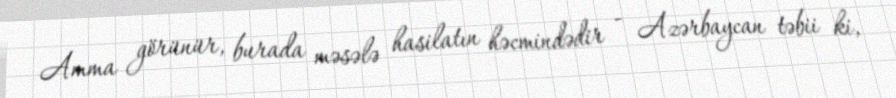
Amma görünür, burada məsələ hasilatın həcmindədir - Azərbaycan təbii ki,